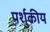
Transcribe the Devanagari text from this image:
पर्शुकीय